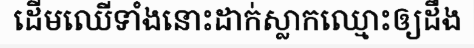
ដើមឈើទាំងនោះដាក់ស្លាកឈ្មោះឲ្យដឹង